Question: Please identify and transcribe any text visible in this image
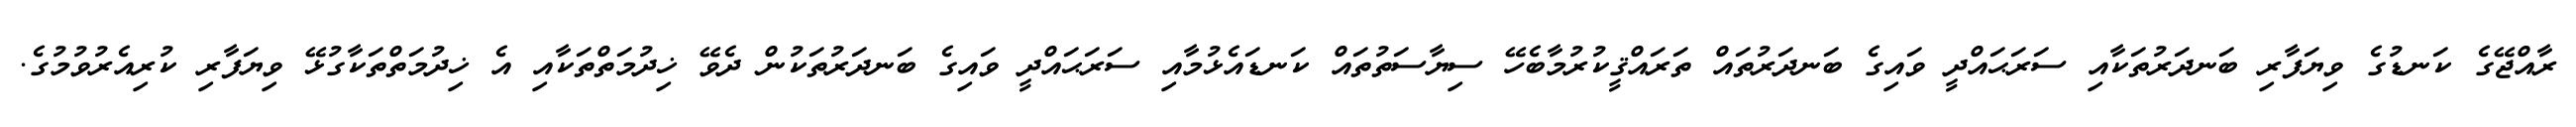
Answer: ރާއްޖޭގެ ކަނޑުގެ ވިޔަފާރި ބަނދަރުތަކާއި ސަރަޙައްދީ ވައިގެ ބަނދަރުތައް ތަރައްޤީކުރުމާބެހޭ ސިޔާސަތުތައް ކަނޑައެޅުމާއި ސަރަޙައްދީ ވައިގެ ބަނދަރުތަކުން ދެވޭ ޚިދުމަތްތަކާއި އެ ޚިދުމަތްތަކާގުޅޭ ވިޔަފާރި ކުރިއެރުވުމުގެ.